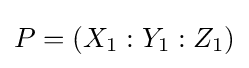
P=(X_{1}:Y_{1}:Z_{1})